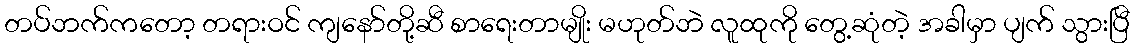
တပ်ဘက်ကတော့ တရားဝင် ကျနော်တို့ဆီ စာရေးတာမျိုး မဟုတ်ဘဲ လူထုကို တွေ့ဆုံတဲ့ အခါမှာ ပျက် သွားပြီ